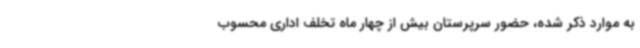
به موارد ذکر شده، حضور سرپرستان بیش از چهار ماه تخلف اداری محسوب